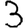
Digit: 3